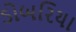
ડોબરિયા